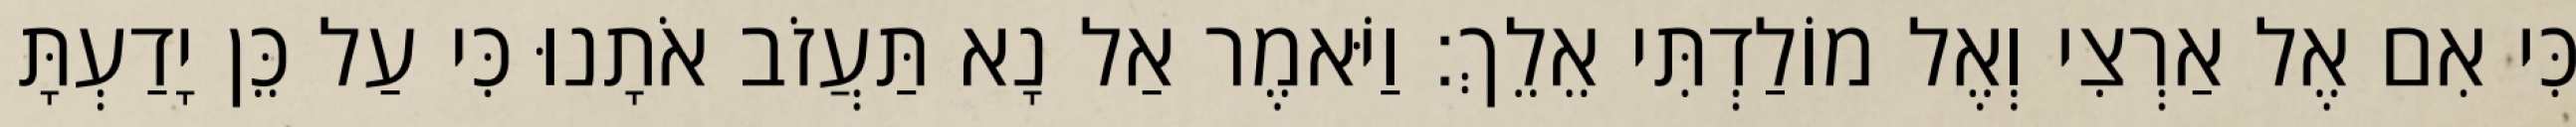
כִּי אִם אֶל אַרְצִי וְאֶל מוֹלַדְתִּי אֵלֵךְ׃ וַיֹּאמֶר אַל נָא תַּעֲזֹב אֹתָנוּ כִּי עַל כֵּן יָדַעְתָּ